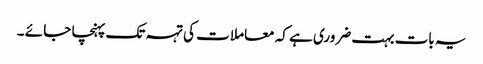
یہ بات بہت ضروری ہے کہ معاملا ت کی تہہ تک پہنچا جا ئے ۔